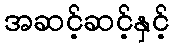
အဆင့်ဆင့်နှင့်